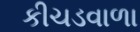
કીચડવાળા